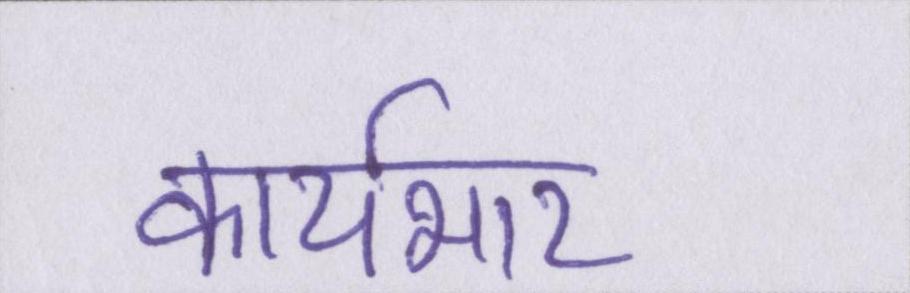
कार्यभार